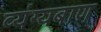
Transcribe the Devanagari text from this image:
व्यंग्यबाण